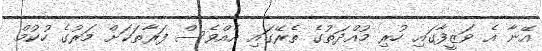
އޭނާ އެ ވަޒީފާގައި ހުރި މުއްދަތުގެ ތެރޭގައި އެއްވެސް ފަރާތަކަށް މަރުގެ ހުކުމް